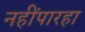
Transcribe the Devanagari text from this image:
नहींपारहा